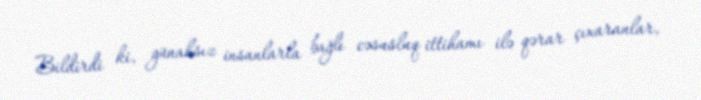
Bildirdi ki, günahsız insanlarla bağlı cəsusluq ittihamı ilə qərar çıxaranlar,